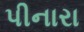
પીનારા